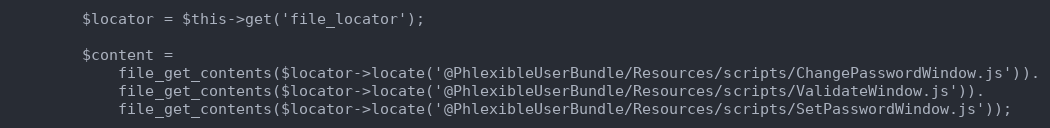
Language: PHP
        $locator = $this->get('file_locator');

        $content =
            file_get_contents($locator->locate('@PhlexibleUserBundle/Resources/scripts/ChangePasswordWindow.js')).
            file_get_contents($locator->locate('@PhlexibleUserBundle/Resources/scripts/ValidateWindow.js')).
            file_get_contents($locator->locate('@PhlexibleUserBundle/Resources/scripts/SetPasswordWindow.js'));